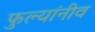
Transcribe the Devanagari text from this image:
फुल्यांनीव